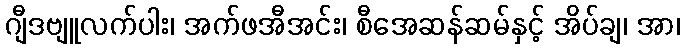
ဂျီဒဗျူလက်ပါး၊ အက်ဖအီအင်း၊ စီအေဆန်ဆမ်နှင့် အိပ်ချ၊ အာ၊